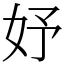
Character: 妤